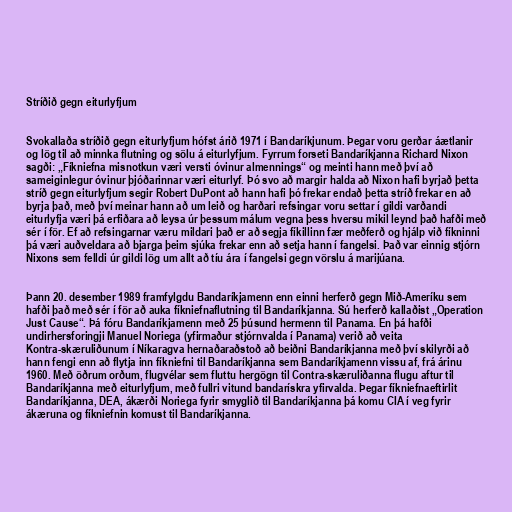
Stríðið gegn eiturlyfjum

Svokallaða stríðið gegn eiturlyfjum hófst árið 1971 í Bandaríkjunum. Þegar voru gerðar áætlanir
og lög til að minnka flutning og sölu á eiturlyfjum. Fyrrum forseti Bandaríkjanna Richard Nixon
sagði: „Fíkniefna misnotkun væri versti óvinur almennings“ og meinti hann með því að
sameiginlegur óvinur þjóðarinnar væri eiturlyf. Þó svo að margir halda að Nixon hafi byrjað þetta
stríð gegn eiturlyfjum segir Robert DuPont að hann hafi þó frekar endað þetta stríð frekar en að
byrja það, með því meinar hann að um leið og harðari refsingar voru settar í gildi varðandi
eiturlyfja væri þá erfiðara að leysa úr þessum málum vegna þess hversu mikil leynd það hafði með
sér í för. Ef að refsingarnar væru mildari það er að segja fíkillinn fær meðferð og hjálp við fíkninni
þá væri auðveldara að bjarga þeim sjúka frekar enn að setja hann í fangelsi. Það var einnig stjórn
Nixons sem felldi úr gildi lög um allt að tíu ára í fangelsi gegn vörslu á marijúana.

Þann 20. desember 1989 framfylgdu Bandaríkjamenn enn einni herferð gegn Mið-Ameríku sem
hafði það með sér í för að auka fíkniefnaflutning til Bandaríkjanna. Sú herferð kallaðist „Operation
Just Cause“. Þá fóru Bandaríkjamenn með 25 þúsund hermenn til Panama. En þá hafði
undirhersforingji Manuel Noriega (yfirmaður stjórnvalda í Panama) verið að veita
Kontra-skæruliðunum í Níkaragva hernaðaraðstoð að beiðni Bandaríkjanna með því skilyrði að
hann fengi enn að flytja inn fíkniefni til Bandaríkjanna sem Bandaríkjamenn vissu af, frá árinu
1960. Með öðrum orðum, flugvélar sem fluttu hergögn til Contra-skæruliðanna flugu aftur til
Bandaríkjanna með eiturlyfjum, með fullri vitund bandarískra yfirvalda. Þegar fíkniefnaeftirlit
Bandaríkjanna, DEA, ákærði Noriega fyrir smyglið til Bandaríkjanna þá komu CIA í veg fyrir
ákæruna og fíkniefnin komust til Bandaríkjanna.